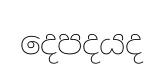
දෙපදයද